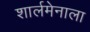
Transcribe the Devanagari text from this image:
शार्लमेनाला